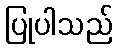
ပြုပါသည်